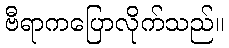
ဗီရာကပြောလိုက်သည်။